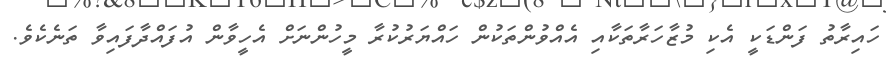
ހައިރާތު ފަންޑަކީ އެކި މުޒާހަރާތަކާއި އެއްވުންތަކުން ހައްޔަރުކުރާ މީހުންނަށް އެހީވާން އުފައްދާފައިވާ ތަނެކެވެ.